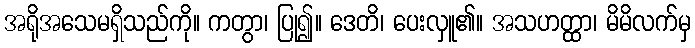
အရိုအသေမရှိသည်ကို။ ကတွာ၊ ပြု၍။ ဒေတိ၊ ပေးလှူ၏။ အသဟတ္ထာ၊ မိမိလက်မှ